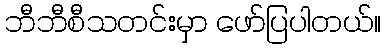
ဘီဘီစီသတင်းမှာ ဖော်ပြပါတယ်။